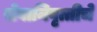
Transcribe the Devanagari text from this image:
सेवानिवृत्तीचे